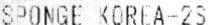
SPONGE KOREA-2S